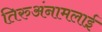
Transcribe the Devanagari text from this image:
तिरुअंनामलाई